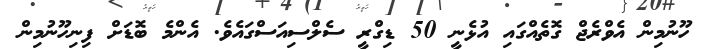
ހޫނުމިން އެވްރެޖް ގޮތެއްގައި އުޅެނީ 50 ޑިގްރީ ސެލްސިއަސްގައެވެ. އެންމެ ބޮޑަށް ފިނިހޫނުމިން